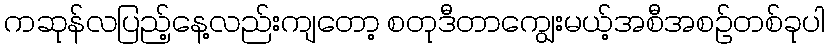
ကဆုန်လပြည့်နေ့လည်းကျတော့ စတုဒီတာကျွေးမယ့်အစီအစဉ်တစ်ခုပါ